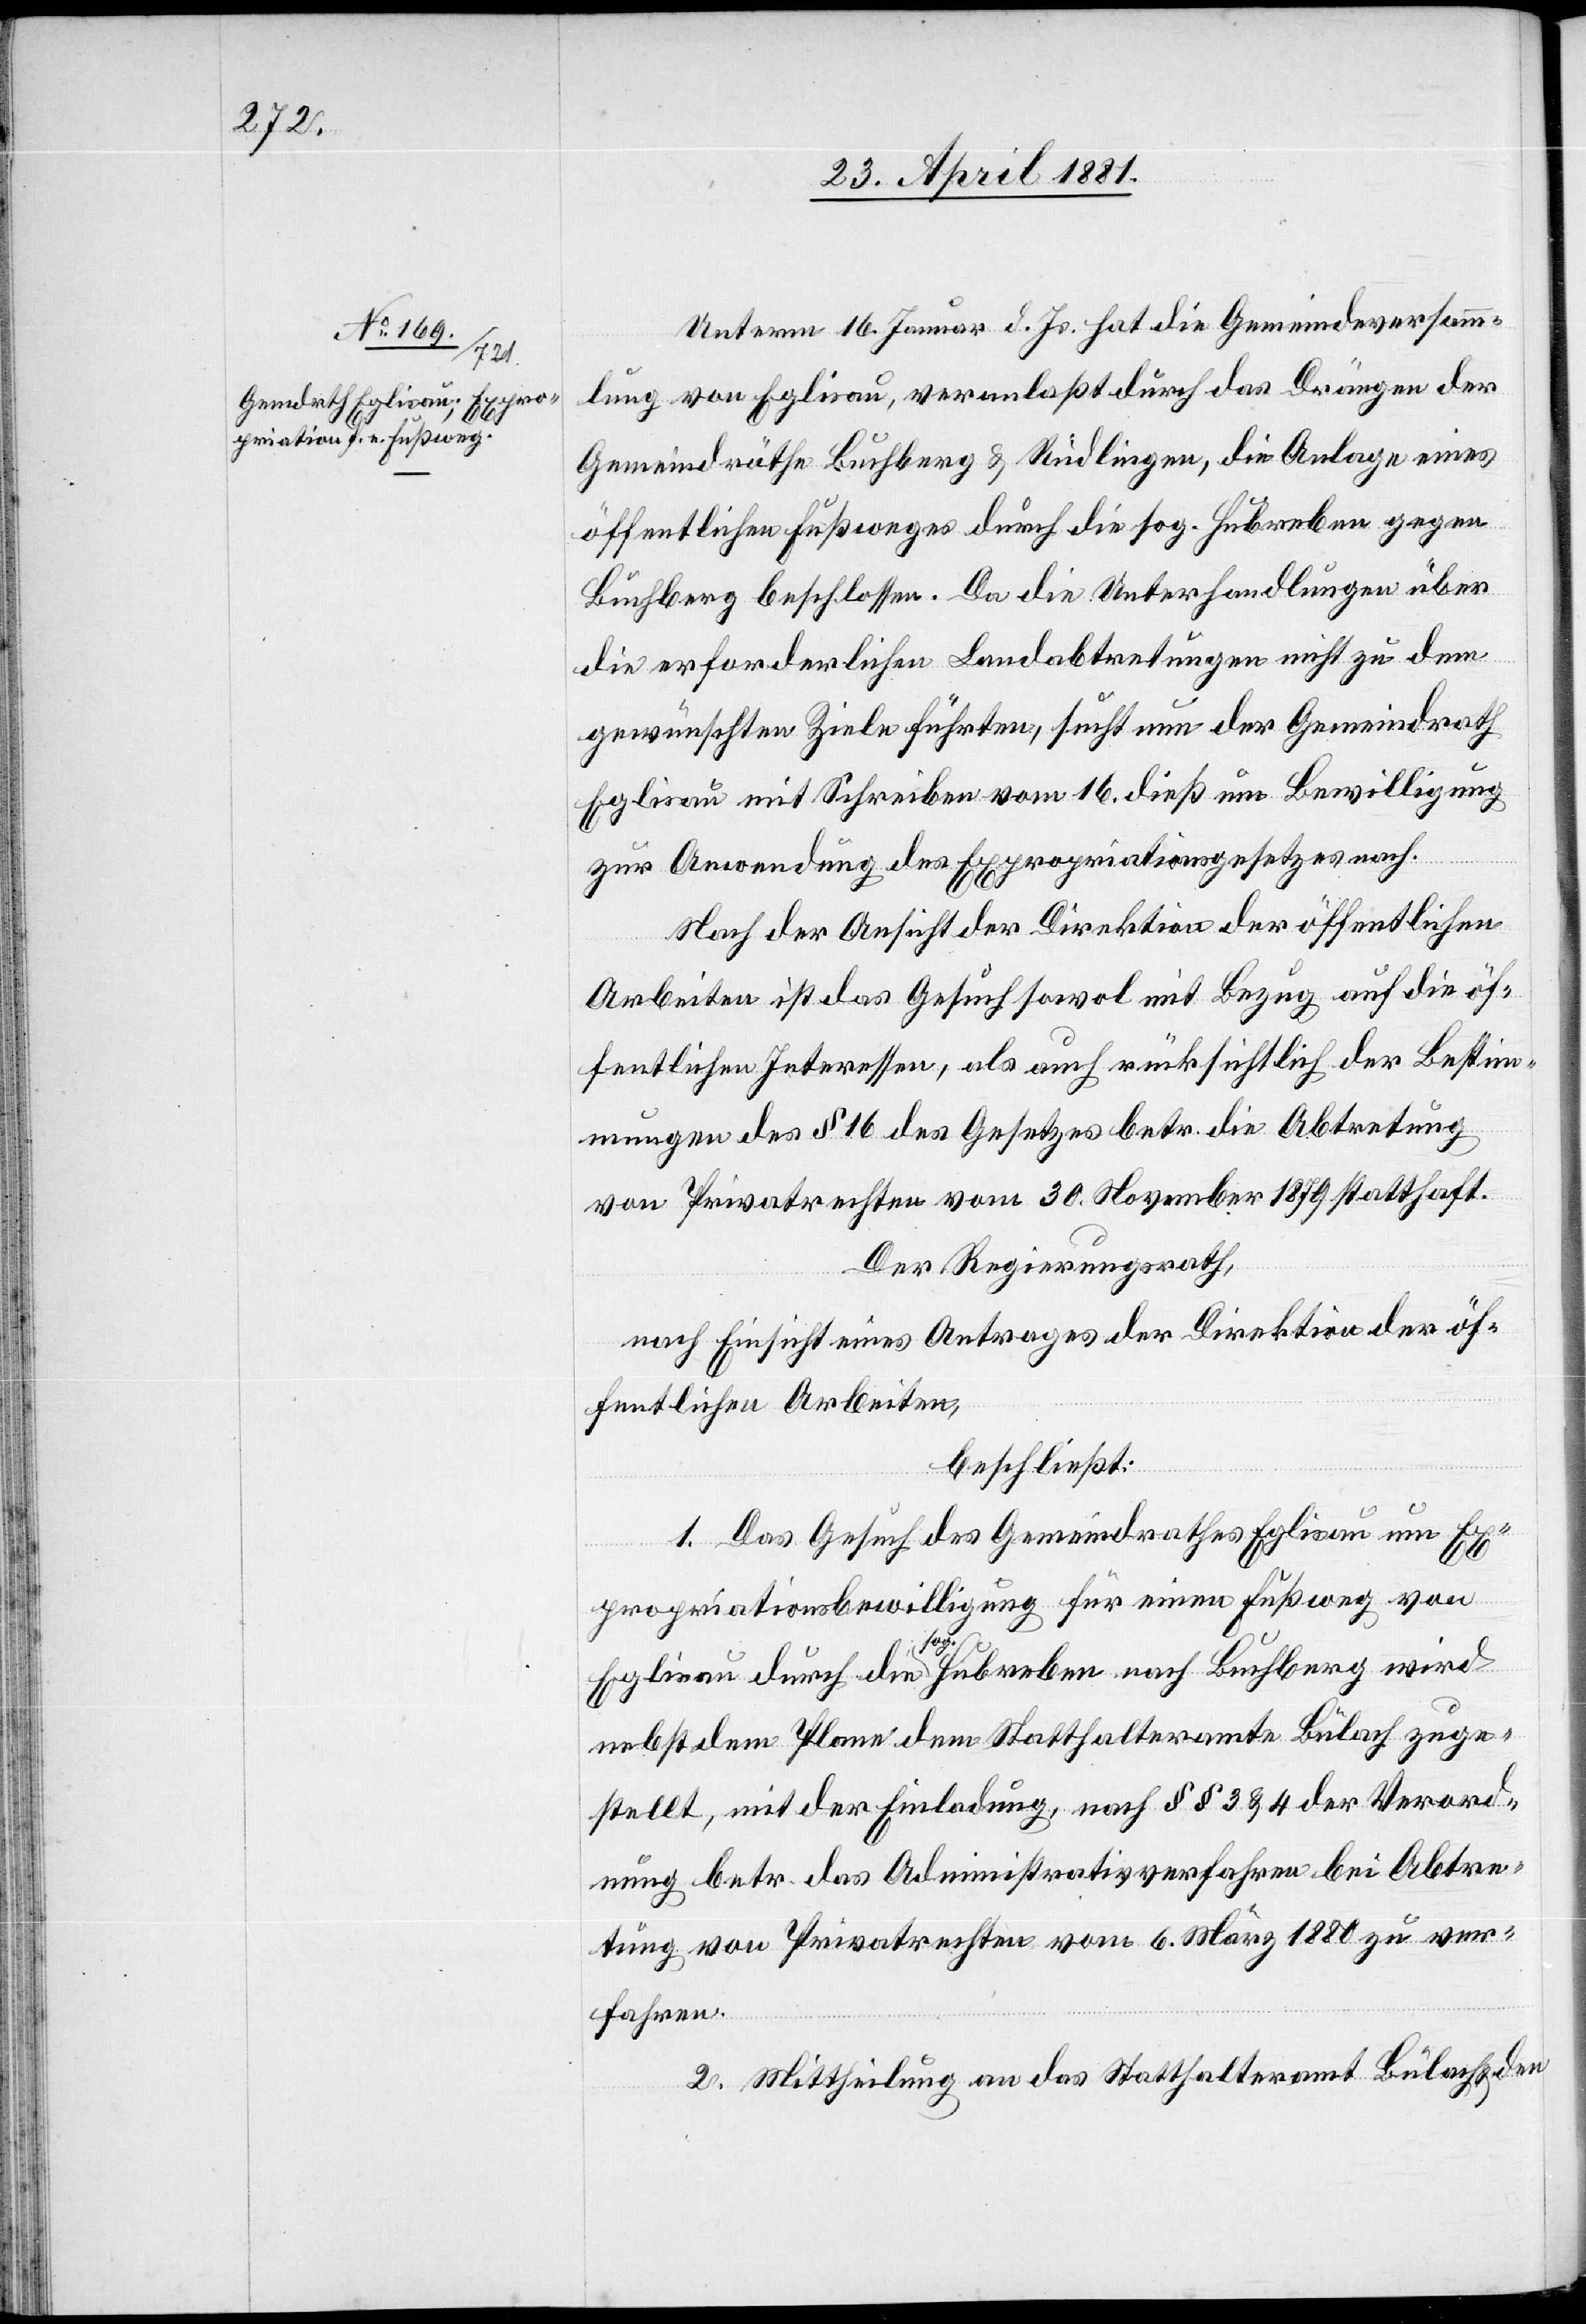
Unterm 16. Jenner d. Js. hat die Gemeindeversamm¬
lung von Eglisau, veranlaßt durch das Drängen der
Gemeindräthe Buchberg & Rüdlingen, die Anlage eines
öffentlichen Fußweges durch die sog. Hubreben gegen
Buchberg beschlossen. Da die Unterhandlungen über
die erforderlichen Landabtretungen nicht zu dem
gewünschten Ziele führten, sucht nun der Gemeindrath
Eglisau mit Schreiben vom 16. dieß um Bewilligung
zur Anwendung des Expropriationsgesetzes nach.
Nach der Ansicht der Direktion der öffentlichen
Arbeiten ist das Gesuch sowol mit Bezug auf die öf¬
fentlichen Interessen, als auch rücksichtlich der Bestim¬
mungen des § 16 des Gesetzes betr. die Abtretung
von Privatrechten vom 30. November 1879 statthaft.
Der Regierungsrath,
nach Einsicht eines Antrages der Direktion öf¬
fentlichen Arbeiten,
beschließt:
1. Das Gesuch des Gemeindrathes Eglisau um Ex¬
propriationsbewilligung für einen Fußweg von
Eglisau durch die sog. Hubreben nach Buchberg wird
nebst dem Plane dem Statthalteramt Bülach zuge¬
stellt, mit der Einladung, nach §§ 3 & 4 der Verord¬
nung betr. das Administrationsverfahren bei Abtre¬
tung von Privatrechten vom 6. März 1880 zu ver¬
fahren.
2. Mittheilung an das Statthalteramt Bülach & den